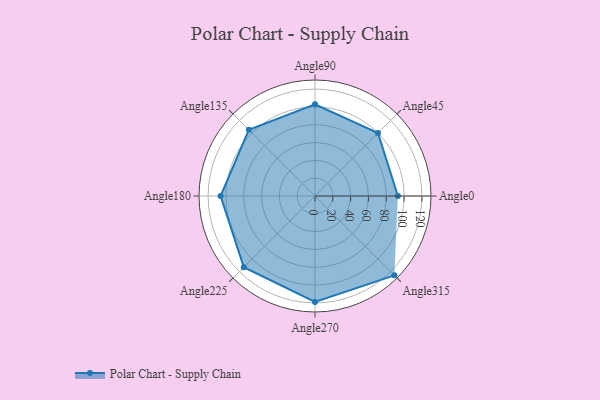
{"axis": {"x": "Angle", "y": "Radius"}, "legend": [""], "data": [{"x": "Angle0", "y": 93.0, "type": ""}, {"x": "Angle45", "y": 100.0, "type": ""}, {"x": "Angle90", "y": 103.0, "type": ""}, {"x": "Angle135", "y": 105.0, "type": ""}, {"x": "Angle180", "y": 106.0, "type": ""}, {"x": "Angle225", "y": 113.0, "type": ""}, {"x": "Angle270", "y": 119.0, "type": ""}, {"x": "Angle315", "y": 126.0, "type": ""}]}